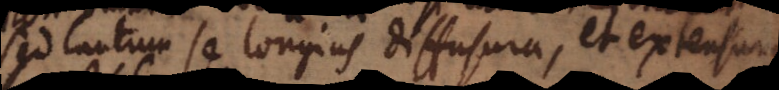
sed tantum se longius diffusura, et extensura